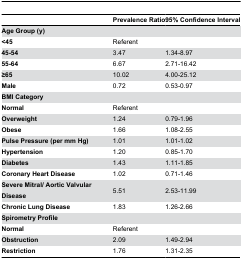
|  | Prevalence Ratio | 95% Confidence Interval |
 | --- | --- | --- |
 | Age Group (y) |  |  |
 | <45 | Referent |  |
 | 45-54 | 3.47 | 1.34-8.97 |
 | 55-64 | 6.67 | 2.71-16.42 |
 | ≥65 | 10.02 | 4.00-25.12 |
 | Male | 0.72 | 0.53-0.97 |
 | BMI Category |  |  |
 | Normal | Referent |  |
 | Overweight | 1.24 | 0.79-1.96 |
 | Obese | 1.66 | 1.08-2.55 |
 | Pulse Pressure (per mm Hg) | 1.01 | 1.01-1.02 |
 | Hypertension | 1.20 | 0.85-1.70 |
 | Diabetes | 1.43 | 1.11-1.85 |
 | Coronary Heart Disease | 1.02 | 0.71-1.46 |
 | Severe Mitral/ Aortic Valvular Disease | 5.51 | 2.53-11.99 |
 | Chronic Lung Disease | 1.83 | 1.26-2.66 |
 | <COLSPAN=3> Spirometry Profile |
 | Normal | Referent |  |
 | Obstruction | 2.09 | 1.49-2.94 |
 | Restriction | 1.76 | 1.31-2.35 |